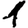
Digit: 1